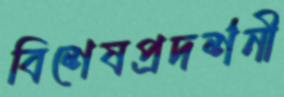
বিশেষপ্রদর্শনী